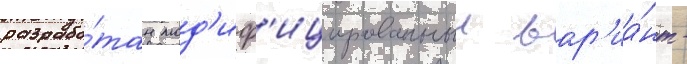
разрабо́тан мод'иф'ицированныи вар'иа́нт -